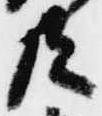
共